Civil Veterinary Dept. North-West Frontier Province 1933-46 - 1933-1946
Year: 1933
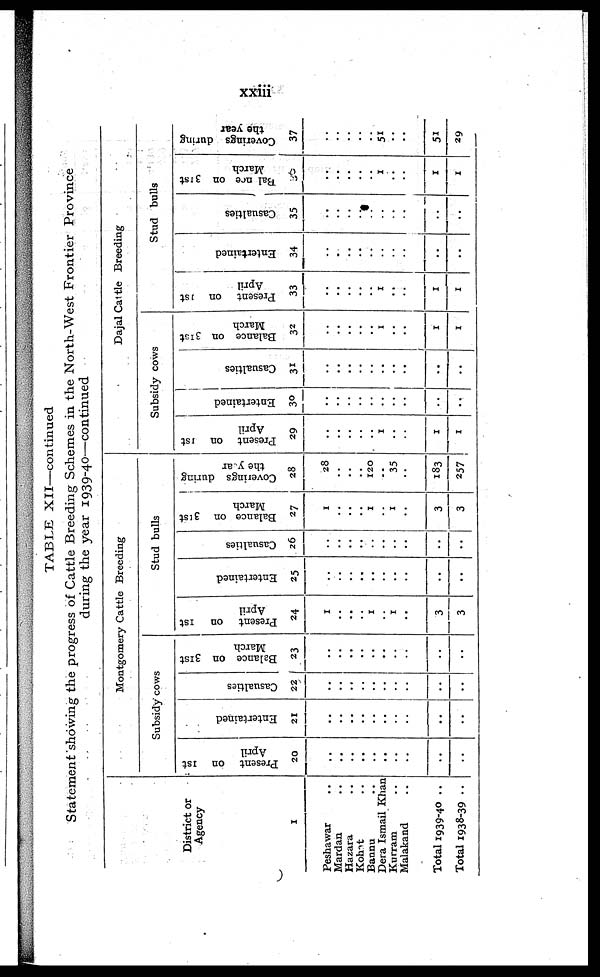
xxiii
TABLE XII—continued
Statement showing the progress of Cattle Breeding Schemes in the North-West Frontier Province
during the year 1939-40—continued
District or
Agency
1
Peshawar ..
Mardan ..
Hazara ..
Kohat ..
Bannu ..
Dera Ismail Khan
Kurram ..
Malakand ..
Total 1939-40 ..
Total 1938-39 ..
Montgomery Cattle Breeding
Subsidy cows
Present on 1st
April
20
..
..
..
..
..
..
..
..
..
..
Entertained
21
..
..
..
..
..
..
..
..
..
..
Casualties
22
..
..
..
..
..
..
..
..
..
..
Balance on 31st
March
23
..
..
..
..
..
..
..
..
..
..
Stud bulls
Present on
1st
April
24
1
..
..
..
1
..
1
..
3
3
Entertained
25
..
..
..
..
..
..
..
..
..
..
Casualties
26
..
..
..
..
..
..
..
..
..
..
Balance on 31st
March
27
1
..
..
..
1
..
1
..
3
3
Coverings during
the year
28
28
..
..
..
120
..
35
..
183
257
Dajal Cattle Breeding
Subsidy cows
Present on 1st
April
29
..
..
..
..
..
1
..
..
1
1
Entertained
30
..
..
..
..
..
..
..
..
..
..
Casualties
31
..
..
..
..
..
..
..
..
..
..
Balance on 31st
March
32
..
..
..
..
..
1
..
..
1
1
Present
on 1st
April
33
..
..
..
..
..
1
..
..
1
1
Stud bulls
Entertained
34
..
..
..
..
..
..
..
..
..
..
Casualties
35
..
..
..
..
..
..
..
..
..
..
Balance
on 31st
March
36
..
..
..
..
..
1
..
..
1
1
Coverings during
the year
37
..
..
..
..
..
51
..
..
51
29